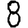
Digit: 8